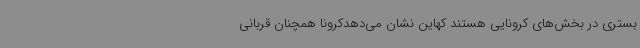
بستری در بخش‌های کرونایی هستند کهاین نشان می‌دهدکرونا همچنان قربانی